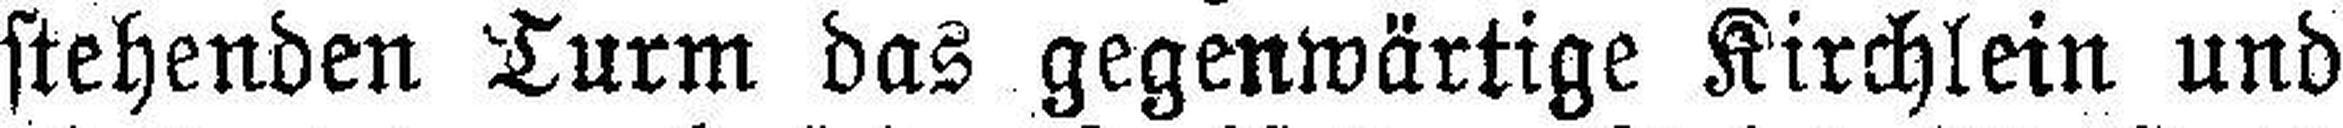
stehenden Turm das gegenwärtige Kirchlein und